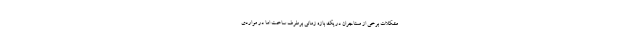
مشکلات برخی از مستاجران در یک بازه زمانی برطرف ساخت اما در مواردی